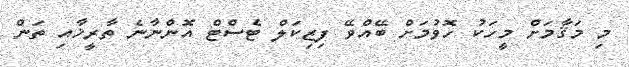
މި މަޤާމަށް މީހަކު ހޮވުމަށް ބޭއްވޭ ފިޒިކަލް ޓެސްޓް އޮންނާނެ ތާރީޚާއި ތަން